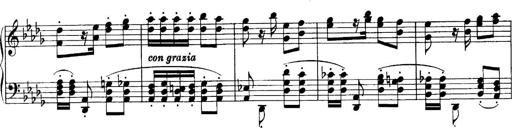
Title: Sonatina No.6
Composer: Ferruccio Busoni